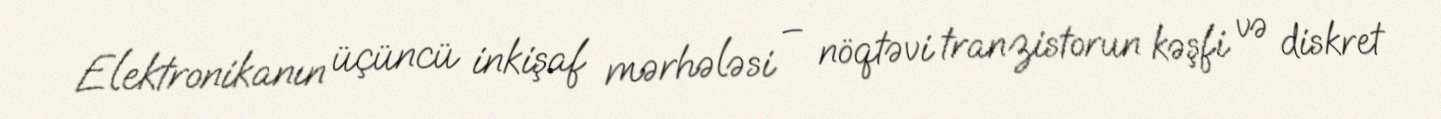
Elektronikanın üçüncü inkişaf mərhələsi – nöqtəvi tranzistorun kəşfi və diskret